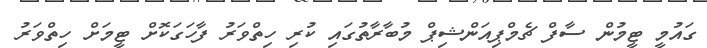
ގައުމީ ޓީމުން ސާފް ޗެމްޕިއަންޝިޕް މުބާރާތުގައި ކުރި ހިތްވަރު ފާހަގަކޮށް ޓީމަށް ހިތްވަރު